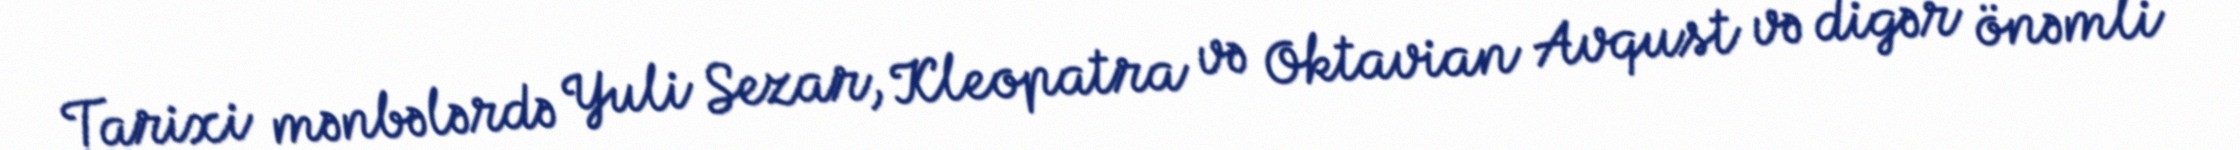
Tarixi mənbələrdə Yuli Sezar, Kleopatra və Oktavian Avqust və digər önəmli